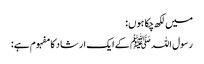
میں لکھ چکا ہوں:
رسول اللہ ﷺ کے ایک ارشاد کا مفہوم ہے: